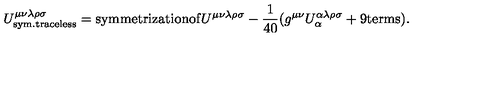
U _ { \mathrm { { s y m . t r a c e l e s s } } } ^ { \mu \nu \lambda \rho \sigma } = \mathrm { s y m m e t r i z a t i o n o f } U ^ { \mu \nu \lambda \rho \sigma } - \frac { 1 } { 4 0 } ( g ^ { \mu \nu } U _ { \alpha } ^ { \alpha \lambda \rho \sigma } + \mathrm { 9 t e r m s } ) .